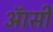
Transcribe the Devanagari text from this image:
ऑर्सी